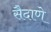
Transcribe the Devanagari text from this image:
सैदाणे